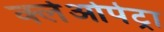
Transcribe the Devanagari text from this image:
क्लेओपेट्रा